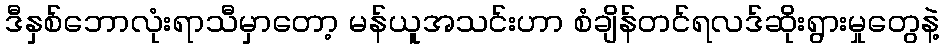
ဒီနှစ်ဘောလုံးရာသီမှာတော့ မန်ယူအသင်းဟာ စံချိန်တင်ရလဒ်ဆိုးရွားမှုတွေနဲ့